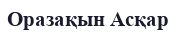
Оразақын Асқар